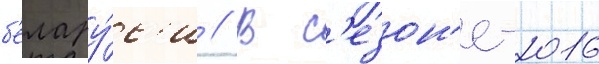
б'елару́с'и // В с'езон'е-2016